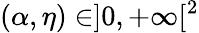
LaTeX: (\alpha,\eta)\in]0,+\infty[^{2}